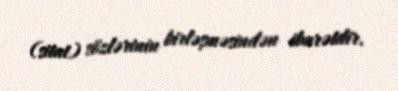
(sitat) sözlərinin birləşməsindən ibarətdir.